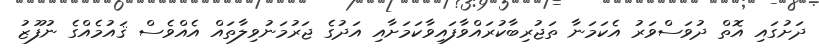
ދަށުގައި އޮތް ދުވަސްވަރު އެކަމަނާ ތަޖުރިބާކުރައްވާފައިވާކަމަށާއި އަދުގެ ޖަރުމަނުވިލާތައް އެއްވެސް ޤައުމެއްގެ ނުފޫޒު